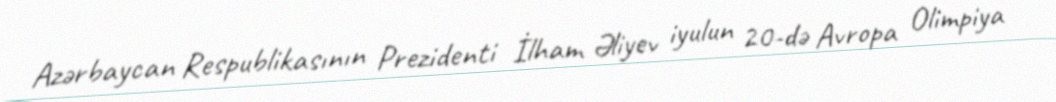
Azərbaycan Respublikasının Prezidenti İlham Əliyev iyulun 20-də Avropa Olimpiya